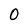
Character: 0